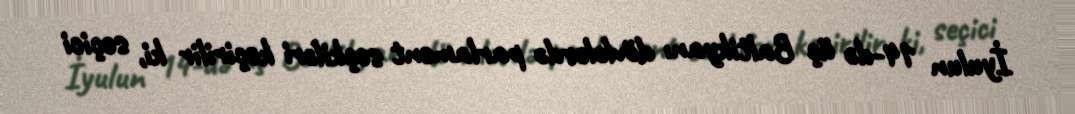
İyulun 14-də üç Baltikyanı dövlələrdə parlament seçkiləri keçirilir ki, seçici